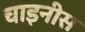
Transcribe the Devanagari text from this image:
चाइनीस